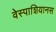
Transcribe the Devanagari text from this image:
वेस्पाशियानस